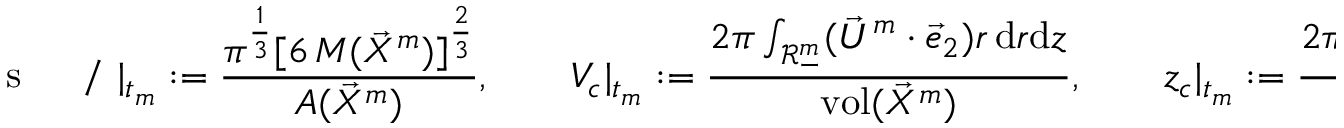
\mathrm { ~ s ~ \! ~ \! ~ \! ~ \! ~ \: ~ / ~ } | _ { t _ { m } } : = \frac { \pi ^ { \frac { 1 } { 3 } } [ 6 \, M ( \vec { X } ^ { m } ) ] ^ { \frac { 2 } { 3 } } } { A ( \vec { X } ^ { m } ) } , \qquad V _ { c } | _ { t _ { m } } : = \frac { 2 \pi \int _ { \mathscr { R } _ { - } ^ { m } } ( \vec { U } ^ { m } \cdot \vec { e } _ { 2 } ) r \, \mathrm { d } r \mathrm { d } z } { \operatorname { v o l } ( \vec { X } ^ { m } ) } , \qquad z _ { c } | _ { t _ { m } } : = \frac { 2 \pi \int _ { \mathscr { R } _ { - } ^ { m } } ( \vec { \mathrm { i d } } \cdot \vec { e } _ { 2 } ) r \, \mathrm { d } r \mathrm { d } z } { \operatorname { v o l } ( \vec { X } ^ { m } ) } ,